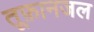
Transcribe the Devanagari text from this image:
तूफ़ानजल